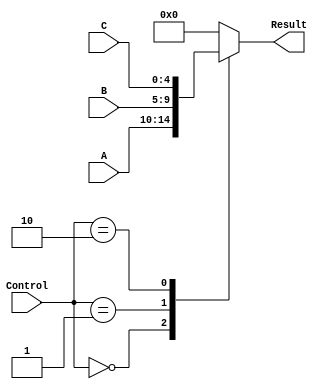
// 
// @param A 1
// @param B 2
// @param C 3
// @param Control 
// @param Result 
module DataSelector_3to1(A, B, C, Control, Result);
  input [4:0] A, B, C;
  input [1:0] Control;
  output reg[4:0] Result;
  always @(Control or A or B or C) begin
    case(Control)
        2'b00:Result = A;
        2'b01:Result = B;
        2'b10:Result = C;
        default: Result = 0;
     endcase
  end
endmodule